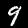
Digit: 9